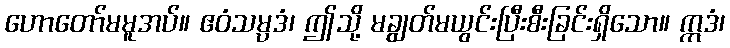
ဟောတော်မမူအပ်။ ဧဝံသမ္ပဒံ၊ ဤသို့ မချွတ်မယွင်းပြီးစီးခြင်းရှိသော။ ဣဒံ၊